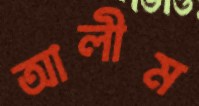
আলীম